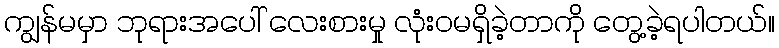
ကျွန်မမှာ ဘုရားအပေါ် လေးစားမှု လုံး၀မရှိခဲ့တာကို တွေ့ခဲ့ရပါတယ်။